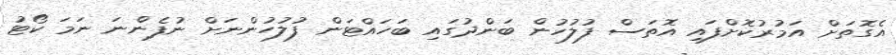
އެގޮތަށް އަމުރުކޮށްފައި އޮތަސް ފުލުހުން ބަންދުގައި ބަހައްޓަން ފުލުހުންނަށް ނުފެންނަ ނަމަ ކޯޓު